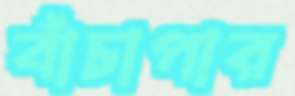
বাঁচাপার